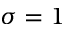
\sigma = 1